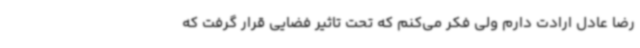
رضا عادل ارادت دارم ولی فکر می‌کنم که تحت تاثیر فضایی قرار گرفت که